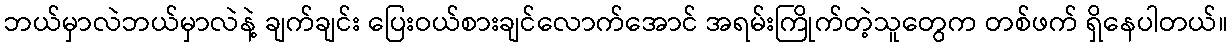
ဘယ်မှာလဲဘယ်မှာလဲနဲ့ ချက်ချင်း ပြေးဝယ်စားချင်လောက်အောင် အရမ်းကြိုက်တဲ့သူတွေက တစ်ဖက် ရှိနေပါတယ်။